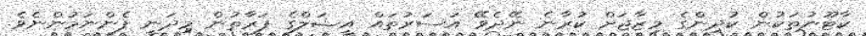
ކާޓޫނުތަކުން ކުދިންގެ މިޒާޖަށް ކުރާނެ ނޭދެވޭ އަސަރުތައް އީޝަލްގެ ފަރާތުން މިދަނީ ފެންނަމުންނެވެ.